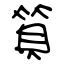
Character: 筫